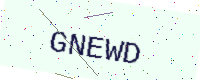
Text: GNEWD